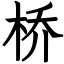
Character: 桥